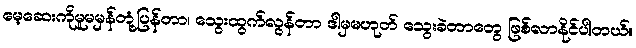
မေ့ဆေးကိုမူမမှန်တုံ့ပြန်တာ၊ သွေးထွက်လွန်တာ ဒါမှမဟုတ် သွေးခဲတာတွေ ဖြစ်လာနိုင်ပါတယ်။